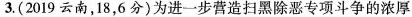
3.(2019云南，18，6分)为进一步营造扫黑除恶专项斗争的浓厚